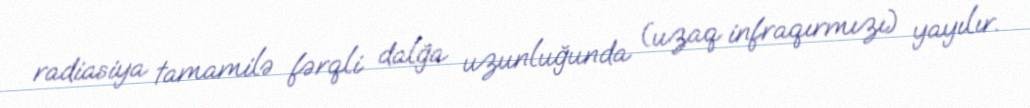
radiasiya tamamilə fərqli dalğa uzunluğunda (uzaq infraqırmızı) yayılır.